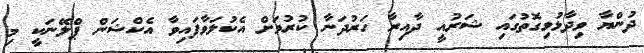
ދުންޔާ ވިދާޅުވިގޮތުގައި ޝަރުއީ ދާއިރާ ހަރުދަނާ ކުރުމަށް އެކުލަވާފައިވާ އެކްޝަން ޕްލޭނަކީ މި